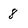
Character: 8